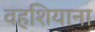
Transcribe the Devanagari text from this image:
वहशियाना